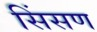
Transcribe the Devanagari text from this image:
सिंसण